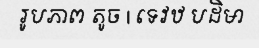
រូបភាព តូច | ទេវឋ បដិមា